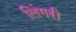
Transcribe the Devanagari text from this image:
लिंगरी